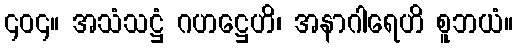
၄၀၄။ အသံသဋ္ဌံ ဂဟဋ္ဌေဟိ၊ အနာဂါရေဟိ စူဘယံ။